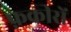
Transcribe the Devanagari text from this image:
फ़कीरों